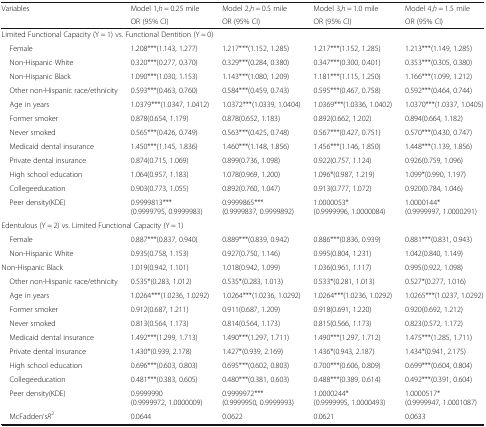
<table><thead><tr><td rowspan="2"><b>Variables</b></td><td><b>Model 1,<i>h</i> = 0.25 mile</b></td><td><b>Model 2,<i>h</i> = 0.5 mile</b></td><td><b>Model 3,<i>h</i> = 1.0 mile</b></td><td><b>Model 4,<i>h</i> = 1.5 mile</b></td></tr><tr><td><b>OR (95% CI)</b></td><td><b>OR (95% CI)</b></td><td><b>OR (95% CI)</b></td><td><b>OR (95% CI)</b></td></tr></thead><tbody><tr><td colspan="5">Limited Functional Capacity (Y = 1) vs. Functional Dentition (Y = 0)</td></tr><tr><td> Female</td><td>1.208***(1.143, 1.277)</td><td>1.217***(1.152, 1.285)</td><td>1.217***(1.152, 1.285)</td><td>1.213***(1.149, 1.285)</td></tr><tr><td> Non-Hispanic White</td><td>0.320***(0.277, 0.370)</td><td>0.329***(0.284, 0.380)</td><td>0.347***(0.300, 0.401)</td><td>0.353***(0.305, 0.380)</td></tr><tr><td> Non-Hispanic Black</td><td>1.090***(1.030, 1.153)</td><td>1.143***(1.080, 1.209)</td><td>1.181***(1.115, 1.250)</td><td>1.166***(1.099, 1.212)</td></tr><tr><td> Other non-Hispanic race/ethnicity</td><td>0.593***(0.463, 0.760)</td><td>0.584***(0.459, 0.743)</td><td>0.595***(0.467, 0.758)</td><td>0.592***(0.464, 0.744)</td></tr><tr><td> Age in years</td><td>1.0379***(1.0347, 1.0412)</td><td>1.0372***(1.0339, 1.0404)</td><td>1.0369***(1.0336, 1.0402)</td><td>1.0370***(1.0337, 1.0405)</td></tr><tr><td> Former smoker</td><td>0.878(0.654, 1.179)</td><td>0.878(0.652, 1.183)</td><td>0.892(0.662, 1.202)</td><td>0.894(0.664, 1.182)</td></tr><tr><td> Never smoked</td><td>0.565***(0.426, 0.749)</td><td>0.563***(0.425, 0.748)</td><td>0.567***(0.427, 0.751)</td><td>0.570***(0.430, 0.747)</td></tr><tr><td> Medicaid dental insurance</td><td>1.450***(1.145, 1.836)</td><td>1.460***(1.148, 1.856)</td><td>1.456***(1.146, 1.850)</td><td>1.448***(1.139, 1.856)</td></tr><tr><td> Private dental insurance</td><td>0.874(0.715, 1.069)</td><td>0.899(0.736, 1.098)</td><td>0.922(0.757, 1.124)</td><td>0.926(0.759, 1.096)</td></tr><tr><td> High school education</td><td>1.064(0.957, 1.183)</td><td>1.078(0.969, 1.200)</td><td>1.096*(0.987, 1.219)</td><td>1.099*(0.990, 1.197)</td></tr><tr><td> Collegeeducation</td><td>0.903(0.773, 1.055)</td><td>0.892(0.760, 1.047)</td><td>0.913(0.777, 1.072)</td><td>0.920(0.784, 1.046)</td></tr><tr><td> Peer density(KDE)</td><td>0.9999813***(0.9999795, 0.9999983)</td><td>0.9999865***(0.9999837, 0.9999892)</td><td>1.0000053*(0.9999996, 1.0000084)</td><td>1.0000144*(0.9999997, 1.0000291)</td></tr><tr><td colspan="5">Edentulous (Y = 2) vs. Limited Functional Capacity (Y = 1)</td></tr><tr><td> Female</td><td>0.887***(0.837, 0.940)</td><td>0.889***(0.839, 0.942)</td><td>0.886***(0.836, 0.939)</td><td>0.881***(0.831, 0.943)</td></tr><tr><td> Non-Hispanic White</td><td>0.935(0.758, 1.153)</td><td>0.927(0.750, 1.146)</td><td>0.995(0.804, 1.231)</td><td>1.042(0.840, 1.149)</td></tr><tr><td>Non-Hispanic Black</td><td>1.019(0.942, 1.101)</td><td>1.018(0.942, 1.099)</td><td>1.036(0.961, 1.117)</td><td>0.995(0.922, 1.098)</td></tr><tr><td> Other non-Hispanic race/ethnicity</td><td>0.535*(0.283, 1.012)</td><td>0.535*(0.283, 1.013)</td><td>0.533*(0.281, 1.013)</td><td>0.527*(0.277, 1.016)</td></tr><tr><td> Age in years</td><td>1.0264***(1.0236, 1.0292)</td><td>1.0264***(1.0236, 1.0292)</td><td>1.0264***(1.0236, 1.0292)</td><td>1.0265***(1.0237, 1.0292)</td></tr><tr><td> Former smoker</td><td>0.912(0.687, 1.211)</td><td>0.911(0.687, 1.209)</td><td>0.918(0.691, 1.220)</td><td>0.920(0.692, 1.212)</td></tr><tr><td> Never smoked</td><td>0.813(0.564, 1.173)</td><td>0.814(0.564, 1.173)</td><td>0.815(0.566, 1.173)</td><td>0.823(0.572, 1.172)</td></tr><tr><td> Medicaid dental insurance</td><td>1.492***(1.299, 1.713)</td><td>1.490***(1.297, 1.711)</td><td>1.490***(1.297, 1.712)</td><td>1.475***(1.285, 1.711)</td></tr><tr><td> Private dental insurance</td><td>1.430*(0.939, 2.178)</td><td>1.427*(0.939, 2.169)</td><td>1.436*(0.943, 2.187)</td><td>1.434*(0.941, 2.175)</td></tr><tr><td> High school education</td><td>0.696***(0.603, 0.803)</td><td>0.695***(0.602, 0.803)</td><td>0.700***(0.606, 0.809)</td><td>0.699***(0.604, 0.804)</td></tr><tr><td> Collegeeducation</td><td>0.481***(0.383, 0.605)</td><td>0.480***(0.381, 0.603)</td><td>0.488***(0.389, 0.614)</td><td>0.492***(0.391, 0.604)</td></tr><tr><td> Peer density(KDE)</td><td>0.9999990(0.9999972, 1.0000009)</td><td>0.9999972***(0.9999950, 0.9999993)</td><td>1.0000244*(0.9999995, 1.0000493)</td><td>1.0000517*(0.9999947, 1.0001087)</td></tr><tr><td> McFadden’s<i>R</i><sup>2</sup></td><td>0.0644</td><td>0.0622</td><td>0.0621</td><td>0.0633</td></tr></tbody></table>